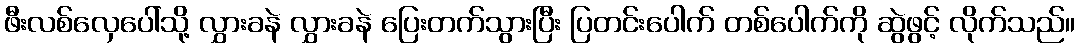
ဖီးလစ်လှေပေါ်သို့ လွှားခနဲ လွှားခနဲ ပြေးတက်သွားပြီး ပြတင်းပေါက် တစ်ပေါက်ကို ဆွဲဖွင့် လိုက်သည်။